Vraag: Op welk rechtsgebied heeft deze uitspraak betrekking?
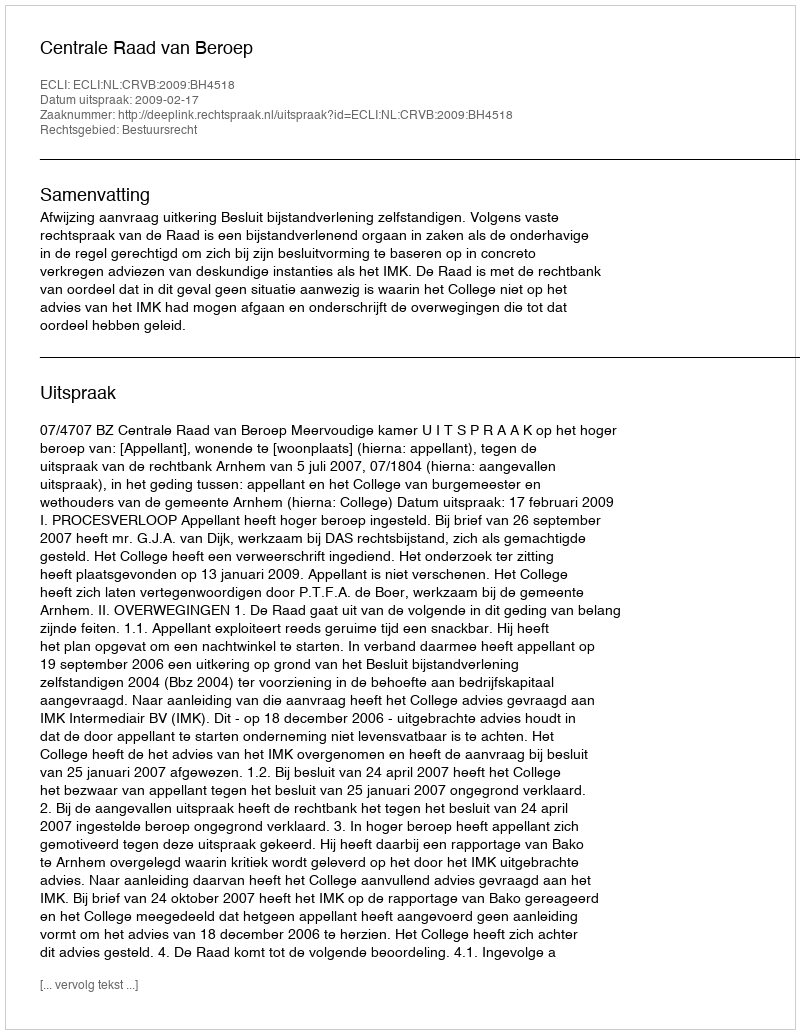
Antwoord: Bestuursrecht